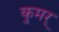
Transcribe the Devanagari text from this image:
कुमर्